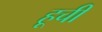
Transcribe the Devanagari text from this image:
हूची